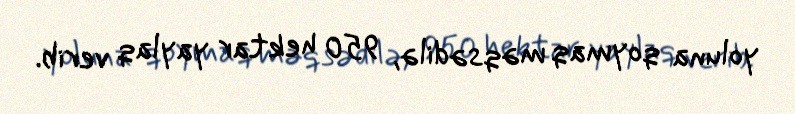
yoluna qoymaq məqsədilə, 950 hektar yaylaq verib.